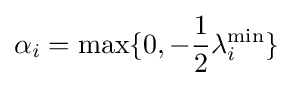
\alpha _{i}=\max\{0,-{\frac {1}{2}}\lambda _{i}^{\min }\}